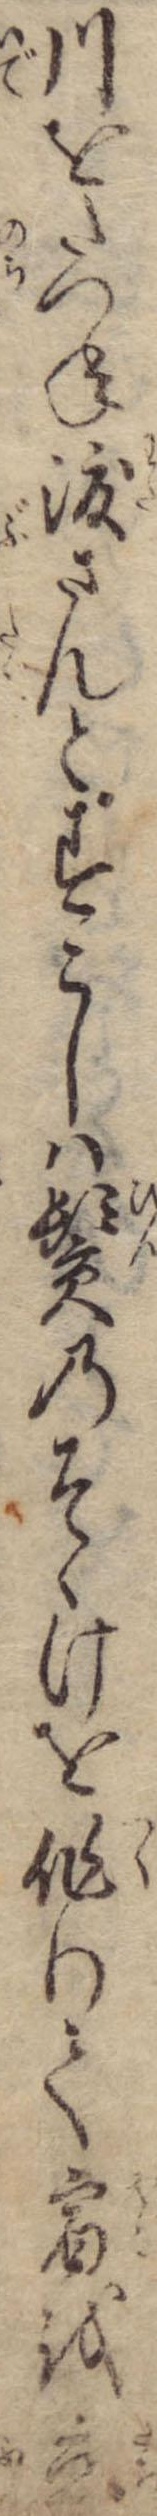
川をたつね渡さんとすこしは鬢のそゝけを作りて宿を立